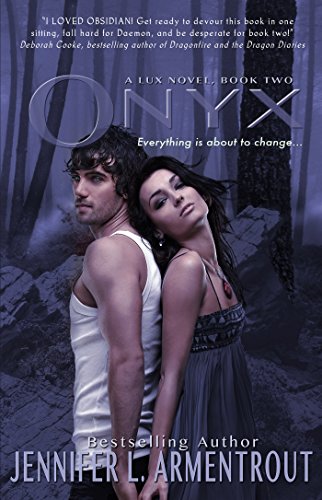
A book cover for Onyx (Lux); Jennifer L. Armentrout; Teen & Young Adult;